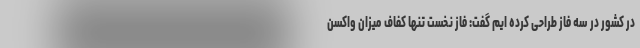
در کشور در سه فاز طراحی کرده ایم گفت: فاز نخست تنها کفاف میزان واکسن